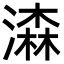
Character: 潹